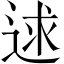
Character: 逑